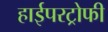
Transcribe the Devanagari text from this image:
हाईपरट्रोफी